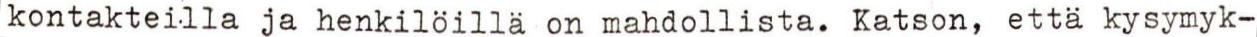
kontakteilla ja henkilöillä on mahdollista. Katson, että kysymyk-